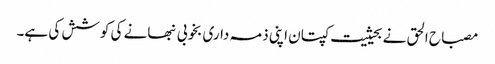
مصباح الحق نے بحیثیت کپتان اپنی ذمہ داری بخوبی نبھانے کی کوشش کی ہے۔